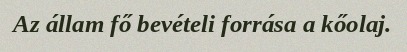
Az állam fő bevételi forrása a kőolaj.